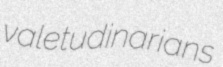
valetudinarians